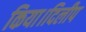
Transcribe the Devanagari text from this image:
किया।दिलीप